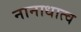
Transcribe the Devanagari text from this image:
नानाधात्व